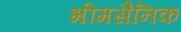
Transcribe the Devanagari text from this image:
भीमसैनिक